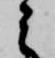
之